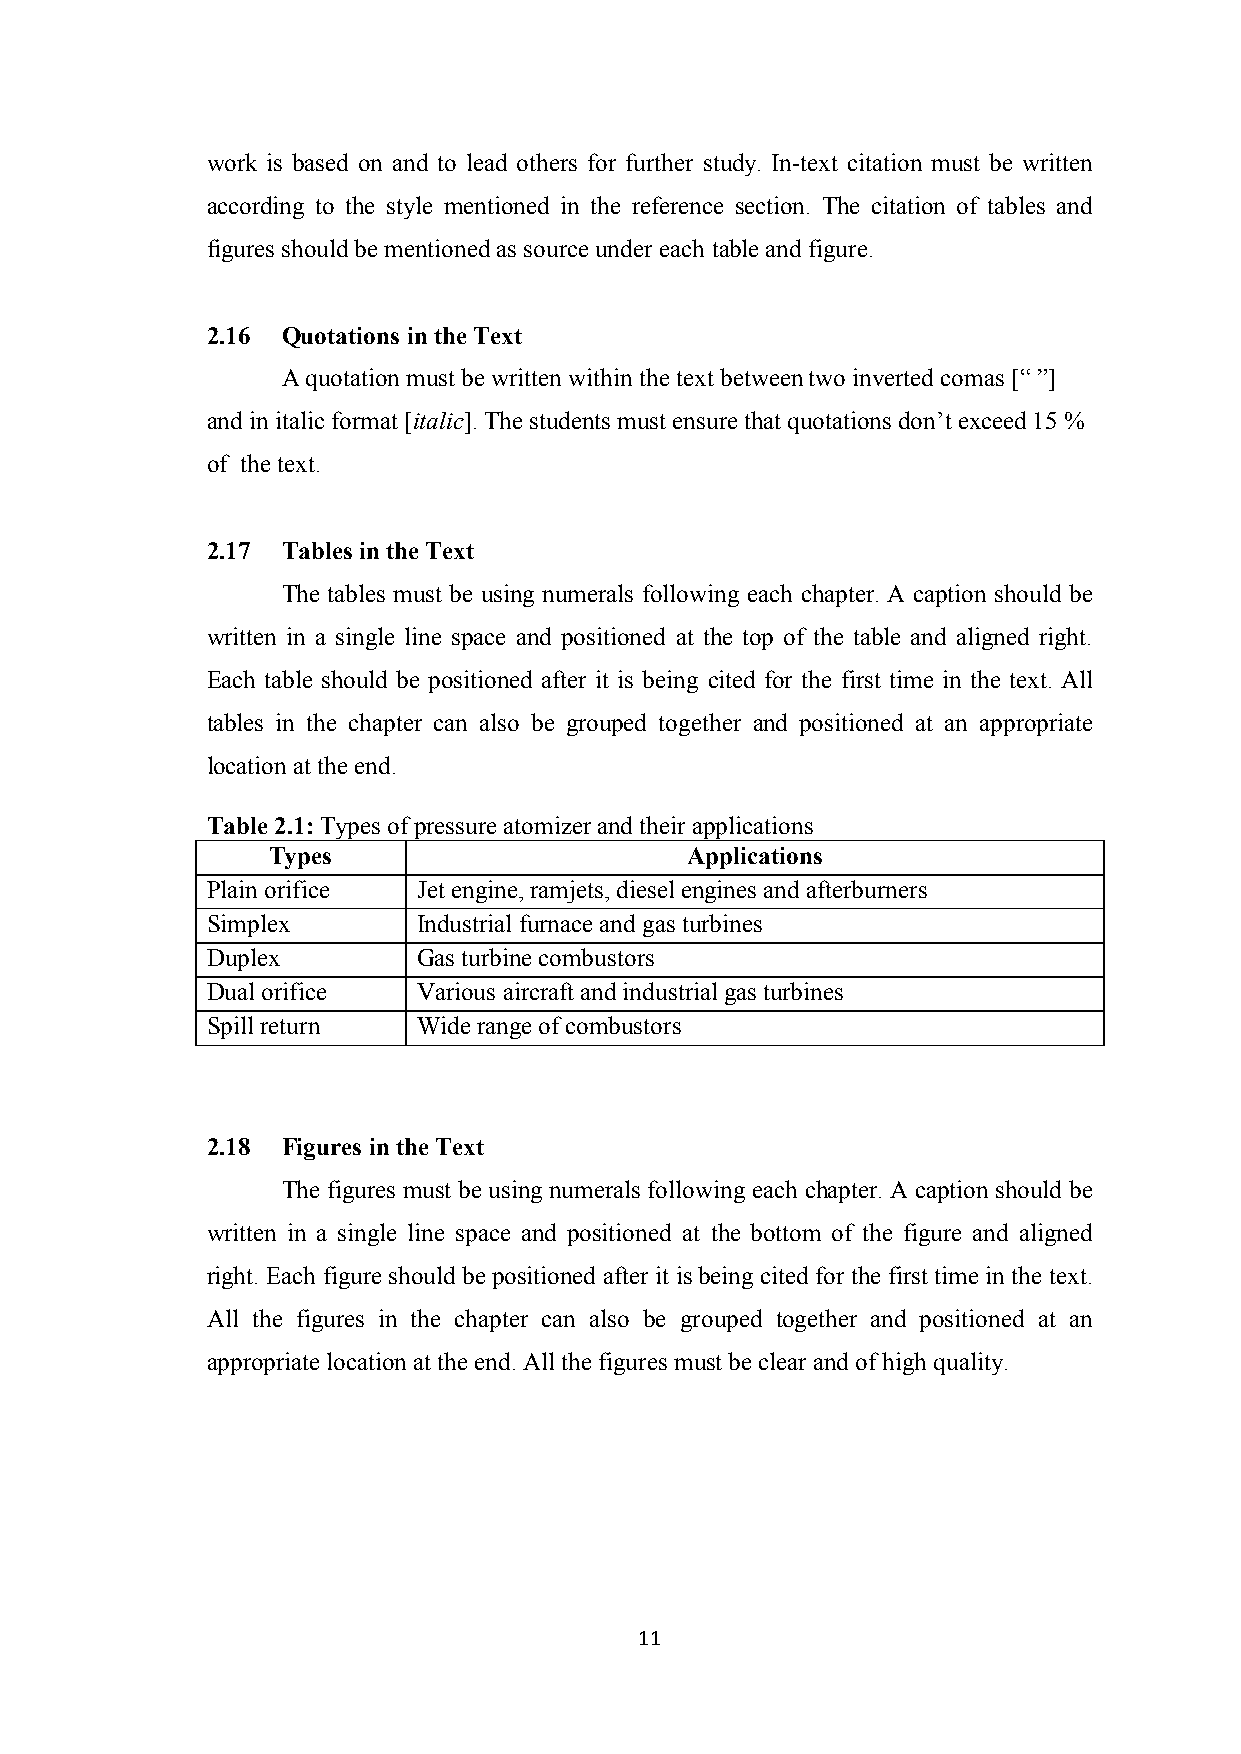
work is based on and to lead others for further study. In-text citation must be written
 according to the style mentioned in the reference section. The citation of tables and
 figures should be mentioned as source under each table and figure.
 2.16 Quotations in the Text
 A quotation must be written within the text between two inverted comas [“ ”]
 and in italic format [italic]. The students must ensure that quotations don’t exceed 15 %
 of the text.
 2.17 Tables in the Text
 The tables must be using numerals following each chapter. A caption should be
 written in a single line space and positioned at the top of the table and aligned right.
 Each table should be positioned after it is being cited for the first time in the text. All
 tables in the chapter can also be grouped together and positioned at an appropriate
 location at the end.
 Table 2.1: Types of pressure atomizer and their applications
 Types                       Applications
 Plain orifice Jet engine, ramjets, diesel engines and afterburners
 Simplex       Industrial furnace and gas turbines
 Duplex        Gas turbine combustors
 Dual orifice  Various aircraft and industrial gas turbines
 Spill return  Wide range of combustors
 2.18 Figures in the Text
 The figures must be using numerals following each chapter. A caption should be
 written in a single line space and positioned at the bottom of the figure and aligned
 right. Each figure should be positioned after it is being cited for the first time in the text.
 All the figures in the chapter can also be grouped together and positioned at an
 appropriate location at the end. All the figures must be clear and of high quality.
 11